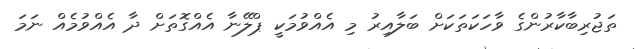
ތަޖުރިބާކާރުންގެ ވާހަކަތަކަށް ބަލާއިރު މި އެއްވުމަކީ ޕްލޭނާ އެއްގޮތަށް ދާ އެއްވުމެއް ނަމަ